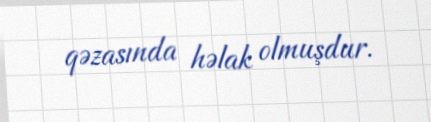
qəzasında həlak olmuşdur.